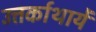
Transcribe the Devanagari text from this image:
उत्तर्काथायें